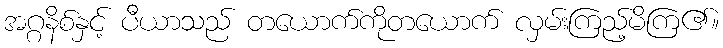
အဂ္ဂနိစ်နှင့် ပီယာသည် တယောက်ကိုတယောက် လှမ်းကြည့်မိကြ၏။